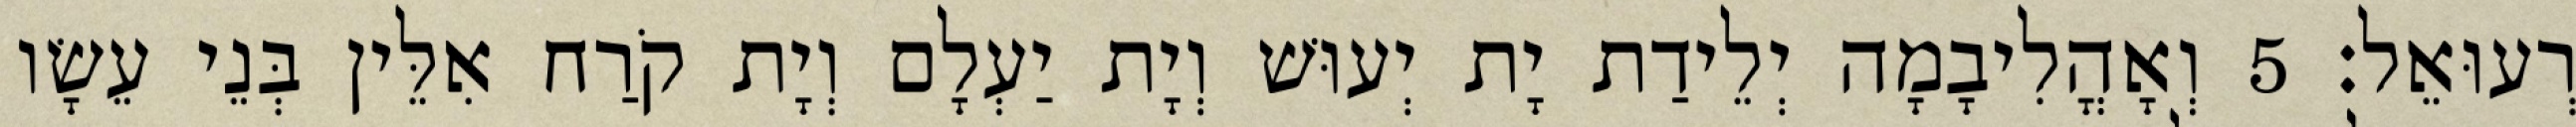
רְעוּאֵל׃ 5 וְאָהֳלִיבָמָה יְלֵידַת יָת יְעוּשׁ וְיָת יַעְלָם וְיָת קֹרַח אִלֵּין בְּנֵי עֵשָׂו